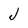
Character: J